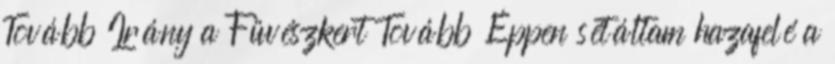
Tovább Irány a Füvészkert Tovább Éppen sétáltam hazafelé a